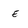
Character: E